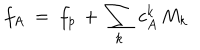
f _ { A } \ = \ f _ { p } \, + \, \sum _ { k } \, c _ { A } ^ { k } \, M _ { k }